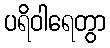
ပရိဝါရေတွာ